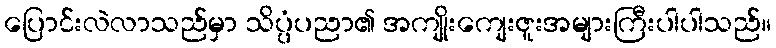
ပြောင်းလဲလာသည်မှာ သိပ္ပံပညာ၏ အကျိုးကျေးဇူးအများကြီးပါပါသည်။